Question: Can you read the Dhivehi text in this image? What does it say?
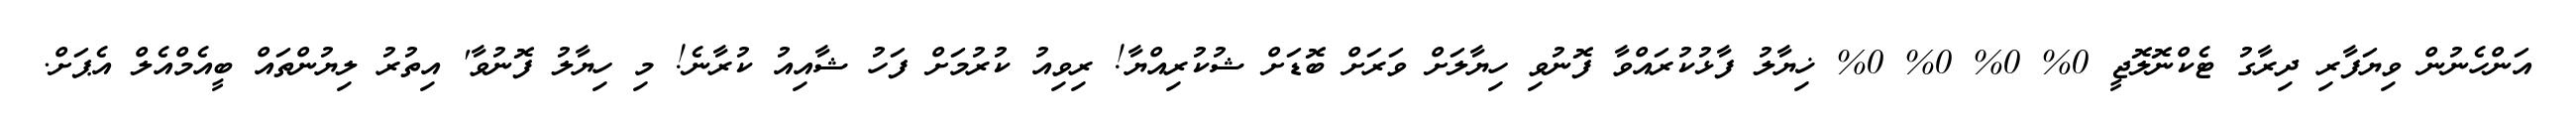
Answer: އަންހެނުން ވިޔަފާރި ދިރާގު ޓެކްނޮލޮޖީ 0% 0% 0% 0% ޚިޔާލު ފާޅުކުރައްވާ ފޮނުވި ހިޔާލަށް ވަރަށް ބޮޑަށް ޝުކުރިއްޔާ! ރިވިއު ކުރުމަށް ފަހު ޝާއިއު ކުރާނެ! މި ހިޔާލު ފޮނުވާ' އިތުރު ލިޔުންތައް ބީއެމްއެލް އެޕަށް.